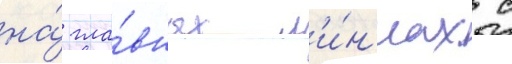
на́ гла́вных л'и́н'иах с